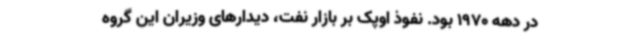
در دهه 1970 بود. نفوذ اوپک بر بازار نفت، دیدارهای وزیران این گروه